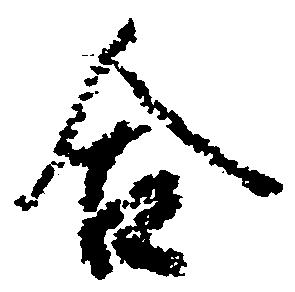
合